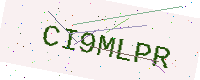
Text: CI9MLPR